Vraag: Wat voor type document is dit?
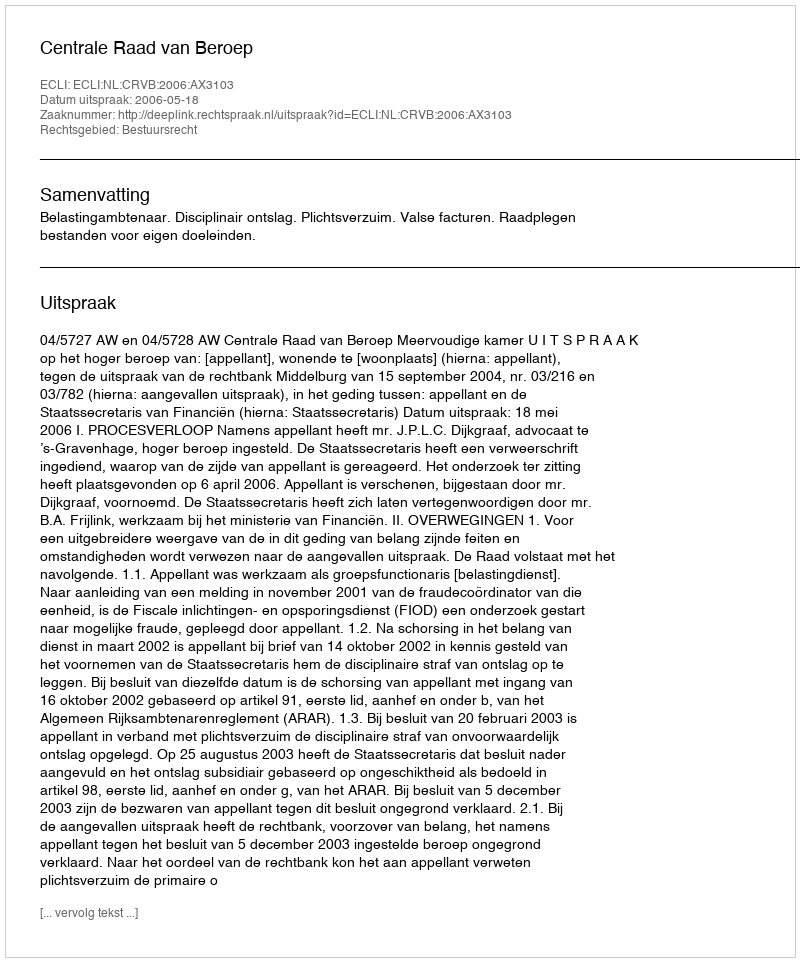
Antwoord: Uitspraak